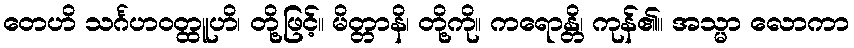
တေဟိ သင်္ဂဟဝတ္ထူဟိ၊ တို့ဖြင့်။ မိတ္တာနိ၊ တို့ကို။ ကရောန္တိ၊ ကုန်၏။ အသ္မာ လောကာ